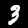
Digit: 3